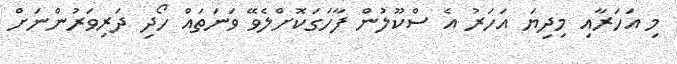
މި އަހަރާއި މިދިޔަ އަހަރު އެ ސްކޫލުން ފާހަގަކޮށްލެވޭ ވަނަތައް ހޯދި ދަރިވަރުންނަށް